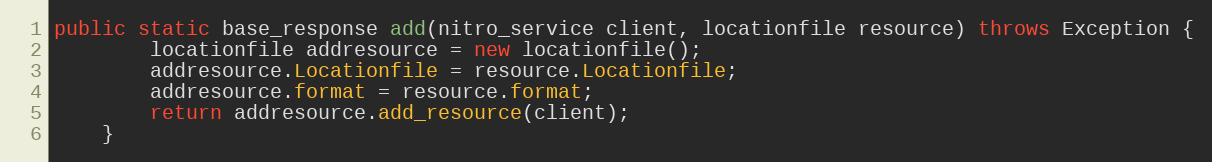
Language: Java
public static base_response add(nitro_service client, locationfile resource) throws Exception {
		locationfile addresource = new locationfile();
		addresource.Locationfile = resource.Locationfile;
		addresource.format = resource.format;
		return addresource.add_resource(client);
	}